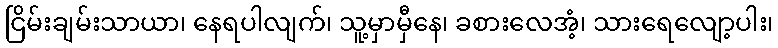
ငြိမ်းချမ်းသာယာ၊ နေရပါလျက်၊ သူ့မှာမှီနေ၊ ခစားလေအံ့၊ သားရေလျော့ပါး၊